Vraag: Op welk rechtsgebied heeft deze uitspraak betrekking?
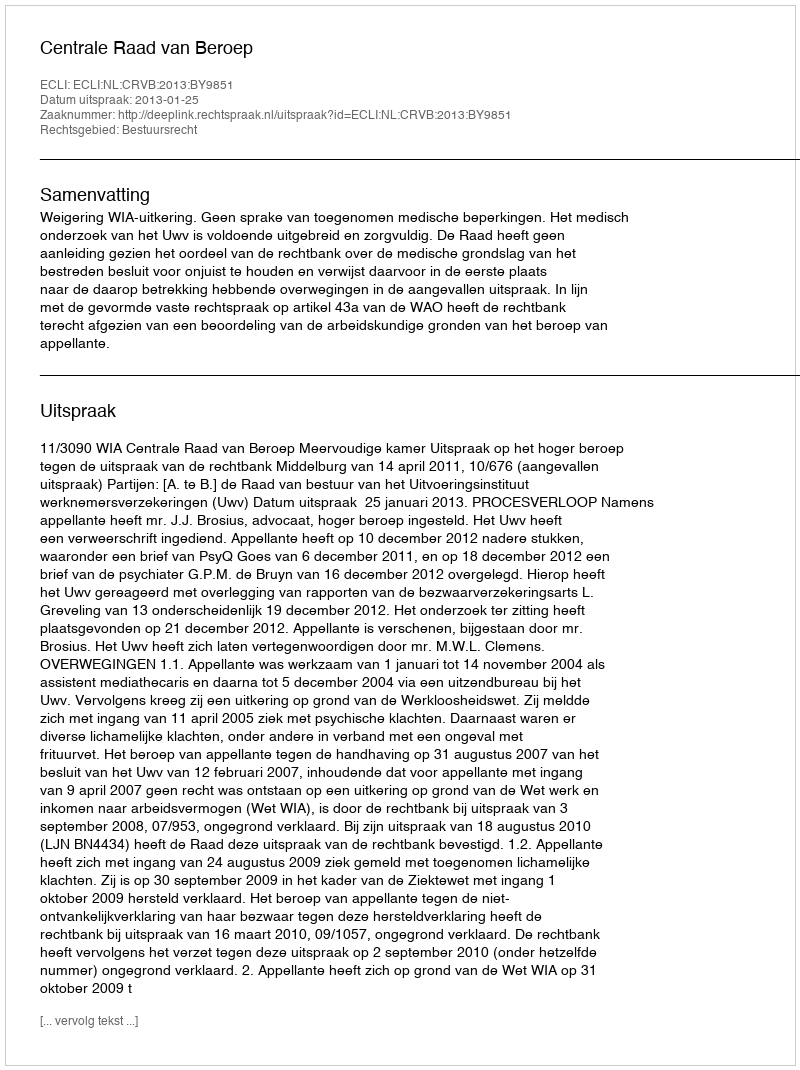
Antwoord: Bestuursrecht